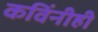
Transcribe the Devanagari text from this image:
कविंनीही